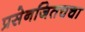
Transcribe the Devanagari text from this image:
प्रसेनजितचचा